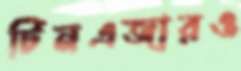
টিনএজারও